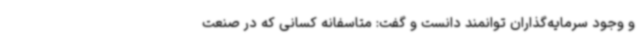
و وجود سرمایه‌گذاران توانمند دانست و گفت: متاسفانه کسانی که در صنعت